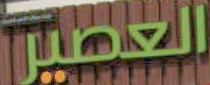
العصير